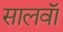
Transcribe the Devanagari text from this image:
सालवाॅ